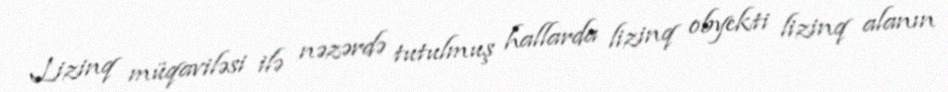
Lizinq müqaviləsi ilə nəzərdə tutulmuş hallarda lizinq obyekti lizinq alanın